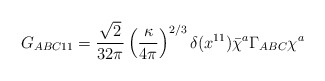
\begin{align*}G_{ABC11} = \frac{\sqrt{2}}{32\pi} \left( \frac{\kappa}{4\pi} \right)^{2/3} \delta(x^{11}) \bar{\chi}^a \Gamma_{ABC} \chi^a\end{align*}